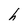
Character: h